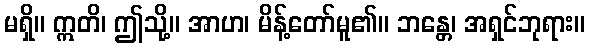
မရှိ။ ဣတိ၊ ဤသို့။ အာဟ၊ မိန့်တော်မူ၏။ ဘန္တေ၊ အရှင်ဘုရား။